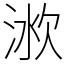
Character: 𣶛